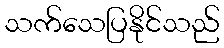
သက်သေပြနိုင်သည်